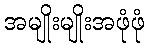
အမျိုးမျိုးအဖုံဖုံ